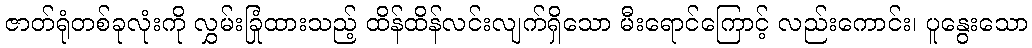
ဇာတ်ရုံတစ်ခုလုံးကို လွှမ်းခြုံထားသည့် ထိန်ထိန်လင်းလျက်ရှိသော မီးရောင်ကြောင့် လည်းကောင်း၊ ပူနွေးသော